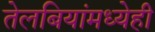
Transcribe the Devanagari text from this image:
तेलबियांमध्येही